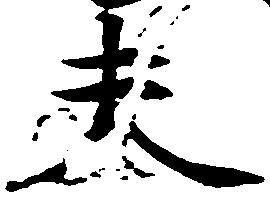
夫